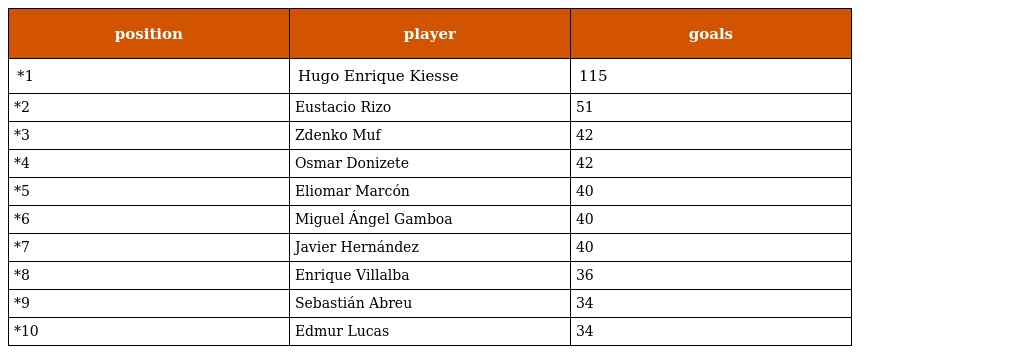
| position | player | goals |
 | --- | --- | --- |
 | *1 | Hugo Enrique Kiesse | 115 |
 | *2 | Eustacio Rizo | 51 |
 | *3 | Zdenko Muf | 42 |
 | *4 | Osmar Donizete | 42 |
 | *5 | Eliomar Marcón | 40 |
 | *6 | Miguel Ángel Gamboa | 40 |
 | *7 | Javier Hernández | 40 |
 | *8 | Enrique Villalba | 36 |
 | *9 | Sebastián Abreu | 34 |
 | *10 | Edmur Lucas | 34 |